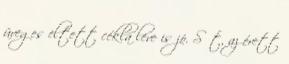
üveges eltett cékla leve is jó. Sőt, az érett